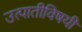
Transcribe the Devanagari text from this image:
उत्पातीविषयी